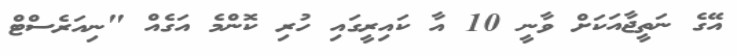
އޭގެ ނަތީޖާއަކަށް ވާނީ 10 އާ ކައިރީގައި ހުރި ކޮންމެ އަގެއް "ނިއަރެސްޓް